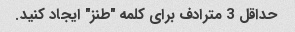
حداقل 3 مترادف برای کلمه "طنز" ایجاد کنید.